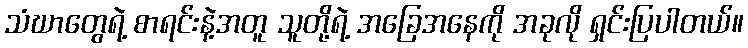
သံဃာတွေရဲ့ စာရင်းနဲ့အတူ သူတို့ရဲ့ အခြေအနေကို အခုလို ရှင်းပြပါတယ်။